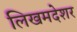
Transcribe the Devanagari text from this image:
लिखमदेशर